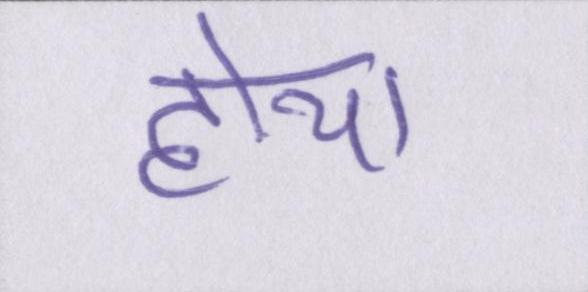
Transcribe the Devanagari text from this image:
होया